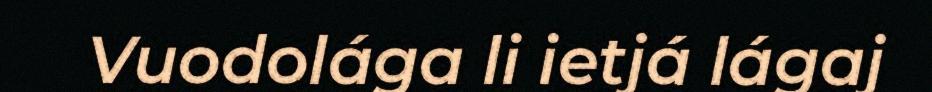
Vuodolága li ietjá lágaj